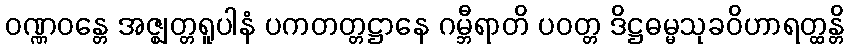
ဝဏ္ဏဝန္တေ အဇ္ဈတ္တရူပါနံ ပကတတ္တဋ္ဌာနေ ဂမ္ဘီရာတိ ပဝတ္တ ဒိဋ္ဌဓမ္မသုခဝိဟာရတ္ထန္တိ